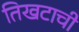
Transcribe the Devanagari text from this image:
तिखटाची